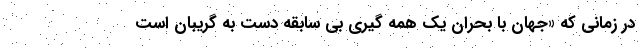
در زمانی که «جهان با بحران یک همه گیری بی سابقه دست به گریبان است